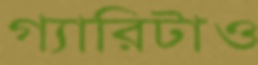
গ্যারিটাও